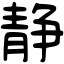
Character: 静